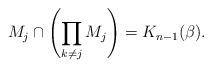
LaTeX: \begin{align*}M_j\cap \left(\prod_{k\neq j} M_j \right)= K_{n-1}(\beta).\end{align*}